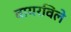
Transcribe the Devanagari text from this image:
वायरविले